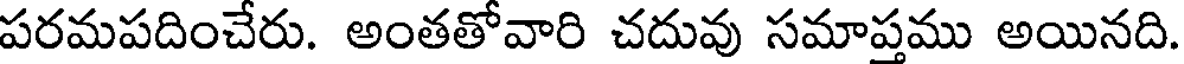
పరమపదించేరు. అంతతోవారి చదువు సమాప్తము అయినది